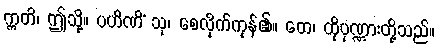
ဣတိ၊ ဤသို့။ ပဟိဏိံ သု၊ စေလိုက်ကုန်၏။ တေ၊ ထိုပုဏ္ဏားတို့သည်။